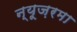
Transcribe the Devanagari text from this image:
न्यूज़रमा